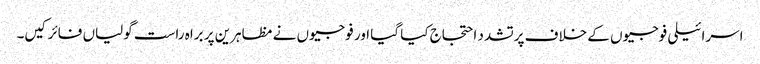
اسرائیلی فوجیوں کے خلاف پرتشدد احتجاج کیا گیا اور فوجیوں نے مظاہرین پر براہ راست گولیاں فائر کیں۔